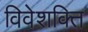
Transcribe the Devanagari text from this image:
विवेशक्ति